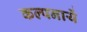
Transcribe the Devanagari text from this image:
कल्पनायें